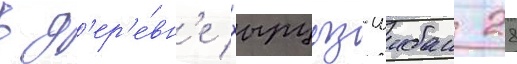
в д'ер'е́вн'е хырцыз-шибан 28